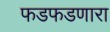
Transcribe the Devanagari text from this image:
फडफडणारा